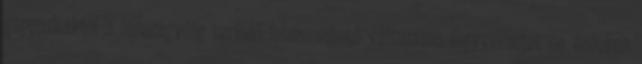
géppuskáktól a lézerágyúig terjedő felszerelhető változatos fegyverzetet és érdekes